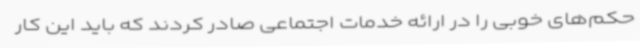
حکم‌های خوبی را در ارائه خدمات اجتماعی صادر کردند که باید این کار